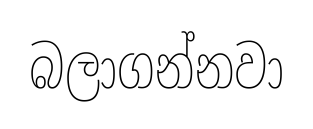
බලාගන්නවා